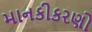
માનકીકરણો